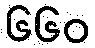
၆၆၀